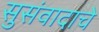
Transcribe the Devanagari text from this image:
सुसंवादाचे